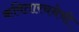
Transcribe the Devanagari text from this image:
कवितारचनेची